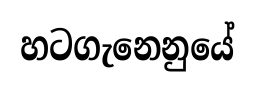
හටගැනෙනුයේ